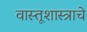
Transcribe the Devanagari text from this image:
वास्तूशास्त्राचे